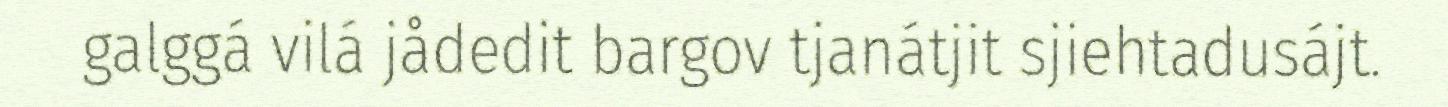
galggá vilá jådedit bargov tjanátjit sjiehtadusájt.